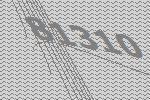
81310